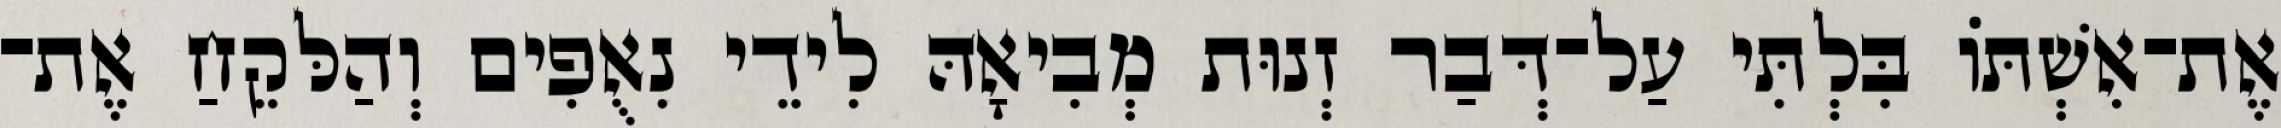
אֶת־אִשְׁתּוֹ בִּלְתִּי עַל־דְּבַר זְנוּת מְבִיאָהּ לִידֵי נִאֻפִים וְהַלּקֵחַ אֶת־